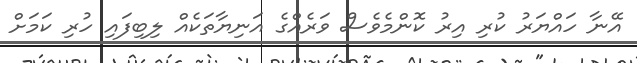
އޭނާ ހައްޔަރު ކުރި އިރު ކޮންމެވެސް ވަރެއްގެ އަނިޔާތަކެއް ލިބިފައި ހުރި ކަމަށް